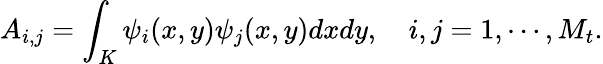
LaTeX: A_{i,j}=\int_{K}\psi_{i}(x,y)\psi_{j}(x,y)dxdy,\quad i,j=1,\cdots,M_{t}.